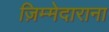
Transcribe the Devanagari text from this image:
ज़िम्मेदाराना